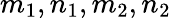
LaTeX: m_{1},n_{1},m_{2},n_{2}